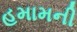
હમામની